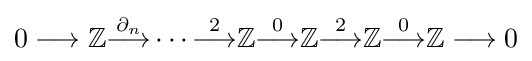
0\longrightarrow \mathbb {Z} {\overset {\partial _{n}}{\longrightarrow }}\cdots {\overset {2}{\longrightarrow }}\mathbb {Z} {\overset {0}{\longrightarrow }}\mathbb {Z} {\overset {2}{\longrightarrow }}\mathbb {Z} {\overset {0}{\longrightarrow }}\mathbb {Z} \longrightarrow 0